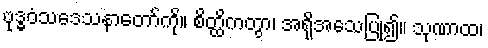
ဗုဒ္ဓဝံသဒေသနာတော်ကို။ စိတ္ထိကတွာ၊ အရိုအသေပြု၍။ သုဏာထ၊